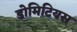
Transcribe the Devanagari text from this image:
डोमिटियस